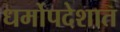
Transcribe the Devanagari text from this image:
धर्मोपदेशात